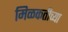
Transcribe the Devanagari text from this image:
मिळकतीच्या